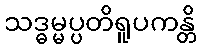
သဒ္ဓမ္မပ္ပတိရူပကန္တိ